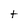
Character: t